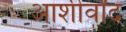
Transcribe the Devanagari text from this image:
आशीर्वांद